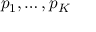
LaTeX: p _ { 1 } , \dots , p _ { K }